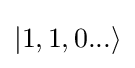
|1,1,0...\rangle